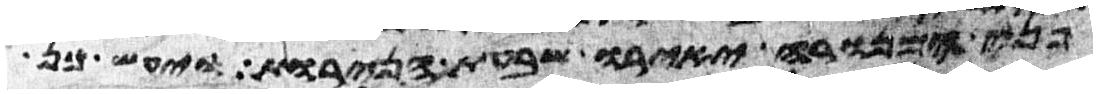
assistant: פני המנורה יאירו שבעת הנרות ויעש כן